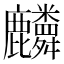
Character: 𪋷